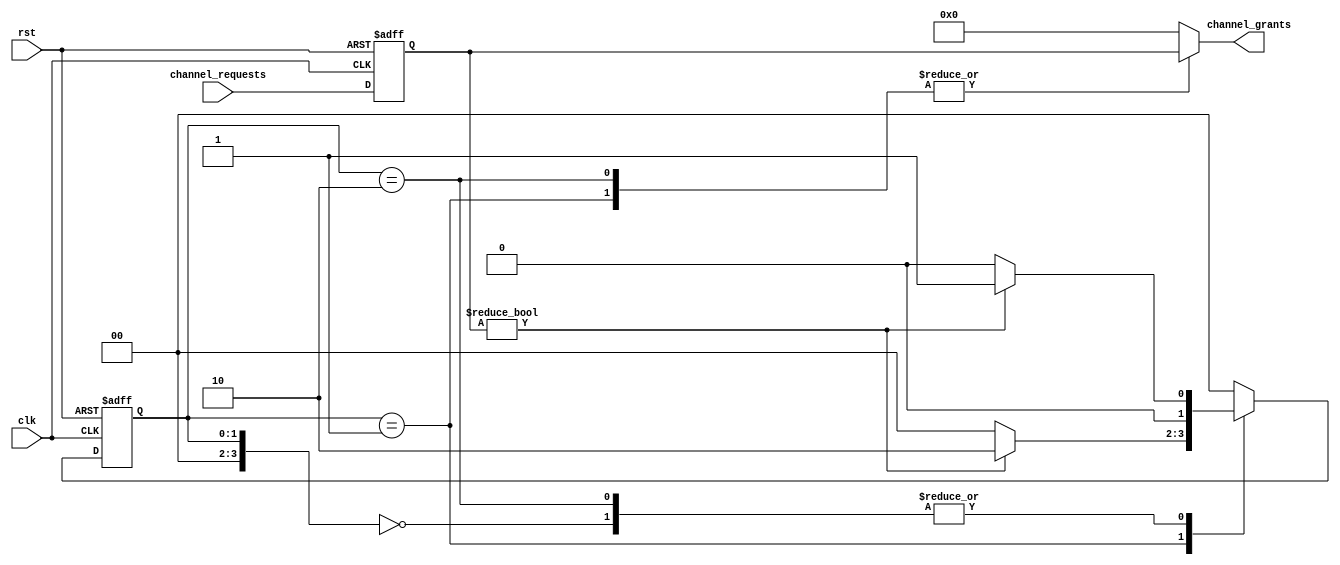
module serial_arbiter (
    input wire clk,
    input wire rst,
    input wire [N-1:0] channel_requests,
    output reg [N-1:0] channel_grants
);

// Define states
parameter IDLE = 2'b00;
parameter REQUESTING = 2'b01;
parameter GRANTING = 2'b10;

// Define parameters
parameter N = 4; // Number of channels

// Define variables
reg [N-1:0] state;
reg [N-1:0] next_state;
reg [N-1:0] grant_count;

// Initialize variables
initial begin
    state = IDLE;
    next_state = IDLE;
    grant_count = 0;
end

// State machine
always @ (posedge clk or posedge rst) begin
    if (rst) begin
        state <= IDLE;
        grant_count <= 0;
    end else begin
        state <= next_state;
        grant_count <= channel_requests;
    end
end

// Logic for arbiter
always @ (*) begin
    case (state)
        IDLE: begin
            if (grant_count != 0) begin
                next_state = REQUESTING;
            end else begin
                next_state = IDLE;
            end
        end
        REQUESTING: begin
            if (grant_count != 0) begin
                next_state = GRANTING;
            end else begin
                next_state = IDLE;
            end
        end
        GRANTING: begin
            if (grant_count != 0) begin
                next_state = REQUESTING;
            end else begin
                next_state = IDLE;
            end
        end
        default: next_state = IDLE;
    endcase
end

// Grant logic
always @ (*) begin
    case (state)
        IDLE: channel_grants = 0;
        REQUESTING: channel_grants = grant_count;
        GRANTING: channel_grants = grant_count;
        default: channel_grants = 0;
    endcase
end

endmodule